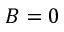
B = 0